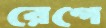
রেগে